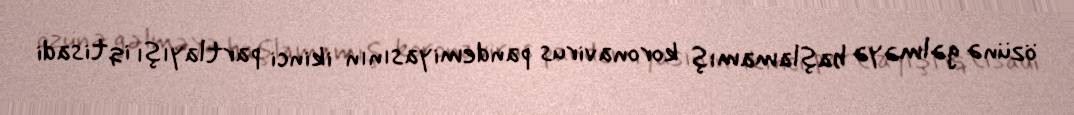
özünə gəlməyə başlamamış koronavirus pandemiyasının ikinci partlayışı iqtisadi